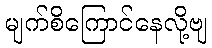
မျက်စိကြောင်နေလို့ဗျ